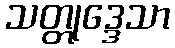
သတ္တုဒ္ဒေသာ